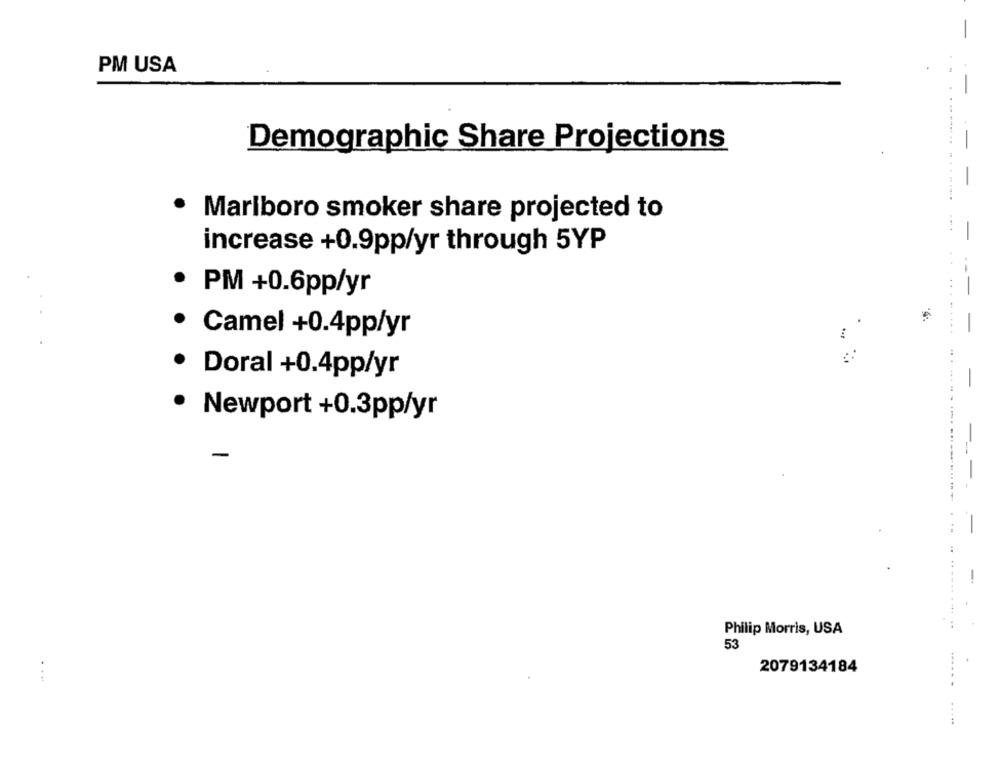
-
PM USA
Demographic Share Projections
. . .... ..
--
-
Marlboro smoker share projected to
increase +0.9pp/yr through 5YP
PM +0.6pp/yr
.
Camel +0.4pp/yr
Doral +0.4pp/yr
-
Newport +0.3pp/yr
-
-
Philip Morris, USA
53
2079134184